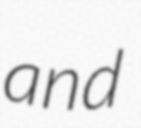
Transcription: and